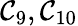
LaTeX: \mathcal{C}_{9},\mathcal{C}_{10}